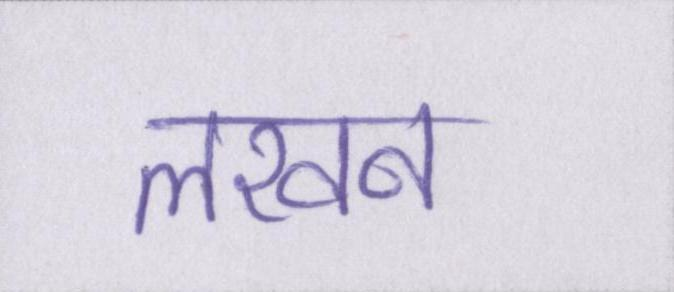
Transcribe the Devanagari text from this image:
लखन